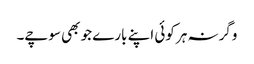
وگرنہ ہر کوئی اپنے بارے جو بھی سوچے۔